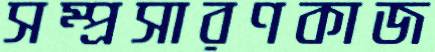
সম্প্রসারণকাজ